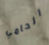
الحامي